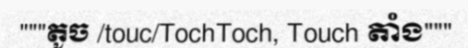
"""តូច /touc/TochToch, Touch តាំង"""